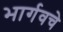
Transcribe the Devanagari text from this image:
भार्गवचे